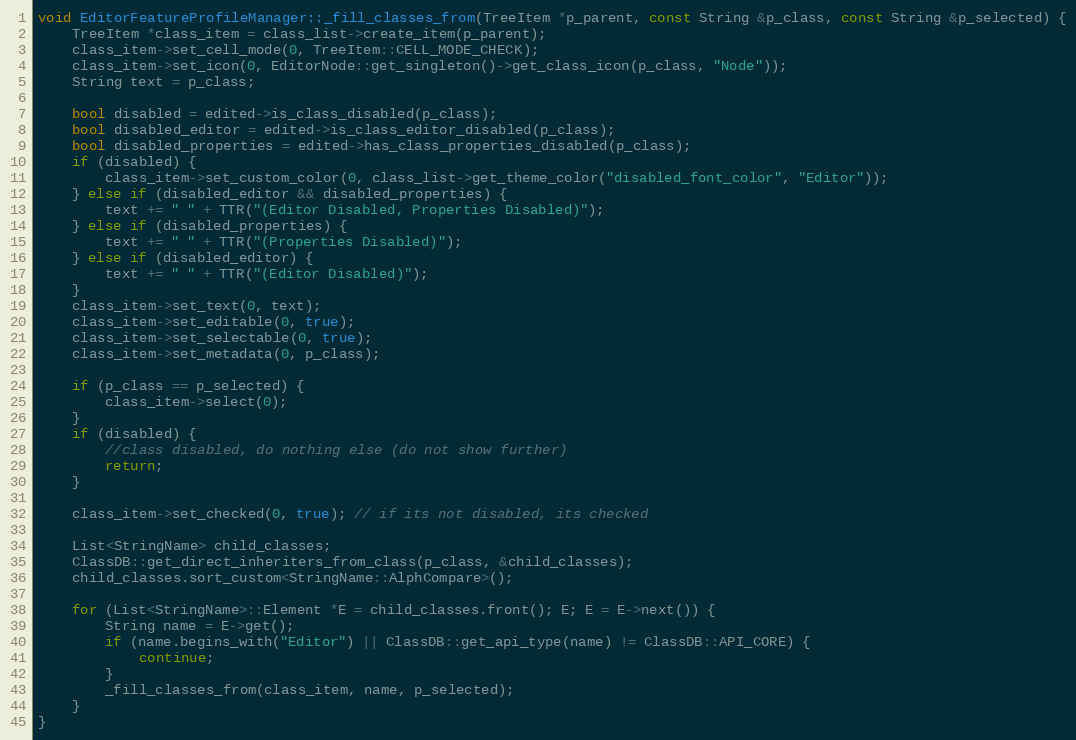
Language: C++
void EditorFeatureProfileManager::_fill_classes_from(TreeItem *p_parent, const String &p_class, const String &p_selected) {
	TreeItem *class_item = class_list->create_item(p_parent);
	class_item->set_cell_mode(0, TreeItem::CELL_MODE_CHECK);
	class_item->set_icon(0, EditorNode::get_singleton()->get_class_icon(p_class, "Node"));
	String text = p_class;

	bool disabled = edited->is_class_disabled(p_class);
	bool disabled_editor = edited->is_class_editor_disabled(p_class);
	bool disabled_properties = edited->has_class_properties_disabled(p_class);
	if (disabled) {
		class_item->set_custom_color(0, class_list->get_theme_color("disabled_font_color", "Editor"));
	} else if (disabled_editor && disabled_properties) {
		text += " " + TTR("(Editor Disabled, Properties Disabled)");
	} else if (disabled_properties) {
		text += " " + TTR("(Properties Disabled)");
	} else if (disabled_editor) {
		text += " " + TTR("(Editor Disabled)");
	}
	class_item->set_text(0, text);
	class_item->set_editable(0, true);
	class_item->set_selectable(0, true);
	class_item->set_metadata(0, p_class);

	if (p_class == p_selected) {
		class_item->select(0);
	}
	if (disabled) {
		//class disabled, do nothing else (do not show further)
		return;
	}

	class_item->set_checked(0, true); // if its not disabled, its checked

	List<StringName> child_classes;
	ClassDB::get_direct_inheriters_from_class(p_class, &child_classes);
	child_classes.sort_custom<StringName::AlphCompare>();

	for (List<StringName>::Element *E = child_classes.front(); E; E = E->next()) {
		String name = E->get();
		if (name.begins_with("Editor") || ClassDB::get_api_type(name) != ClassDB::API_CORE) {
			continue;
		}
		_fill_classes_from(class_item, name, p_selected);
	}
}